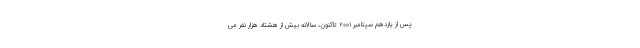
پس از یازدهم سپتامبر ۲۰۰۱ تاکنون، سالانه بیش از هشتاد هزار نفر می